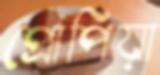
প্রোপিয়া